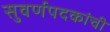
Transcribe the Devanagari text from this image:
सुवर्णपदकांची